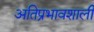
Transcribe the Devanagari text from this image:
अतिप्रभावशाली